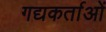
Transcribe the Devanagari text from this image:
गद्यकर्ताओं